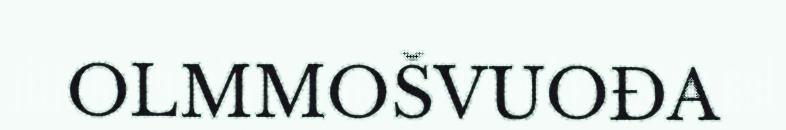
OLMMOŠVUOĐA